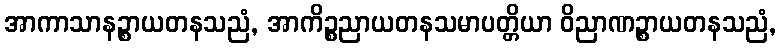
အာကာသာနဉ္စာယတနသညံ, အာကိဉ္စညာယတနသမာပတ္တိယာ ဝိညာဏဉ္စာယတနသညံ,